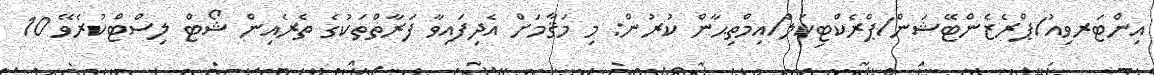
އިންޓަރވިއު/ޕްރެޒެންޓޭޝަން/ޕްރެކްޓިކަލް/އިމްތިޙާން ކުރުން: މި މަޤާމަށް އެދިފައިވާ ފަރާތްތަކުގެ ތެރެއިން ޝޯޓް ލިސްޓްކުރެވޭ 10